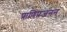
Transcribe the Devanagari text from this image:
प्राणिप्रजनन